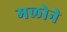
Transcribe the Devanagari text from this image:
मलोने